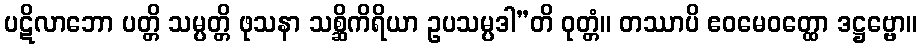
ပဋိလာဘော ပတ္တိ သမ္ပတ္တိ ဖုသနာ သစ္ဆိကိရိယာ ဥပသမ္ပဒါ”တိ ဝုတ္တံ။ တဿာပိ ဧဝမေဝတ္ထော ဒဋ္ဌဗ္ဗော။